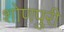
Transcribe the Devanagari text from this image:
शोणपुरी